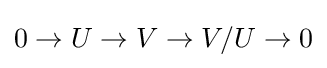
0\to U\to V\to V/U\to 0